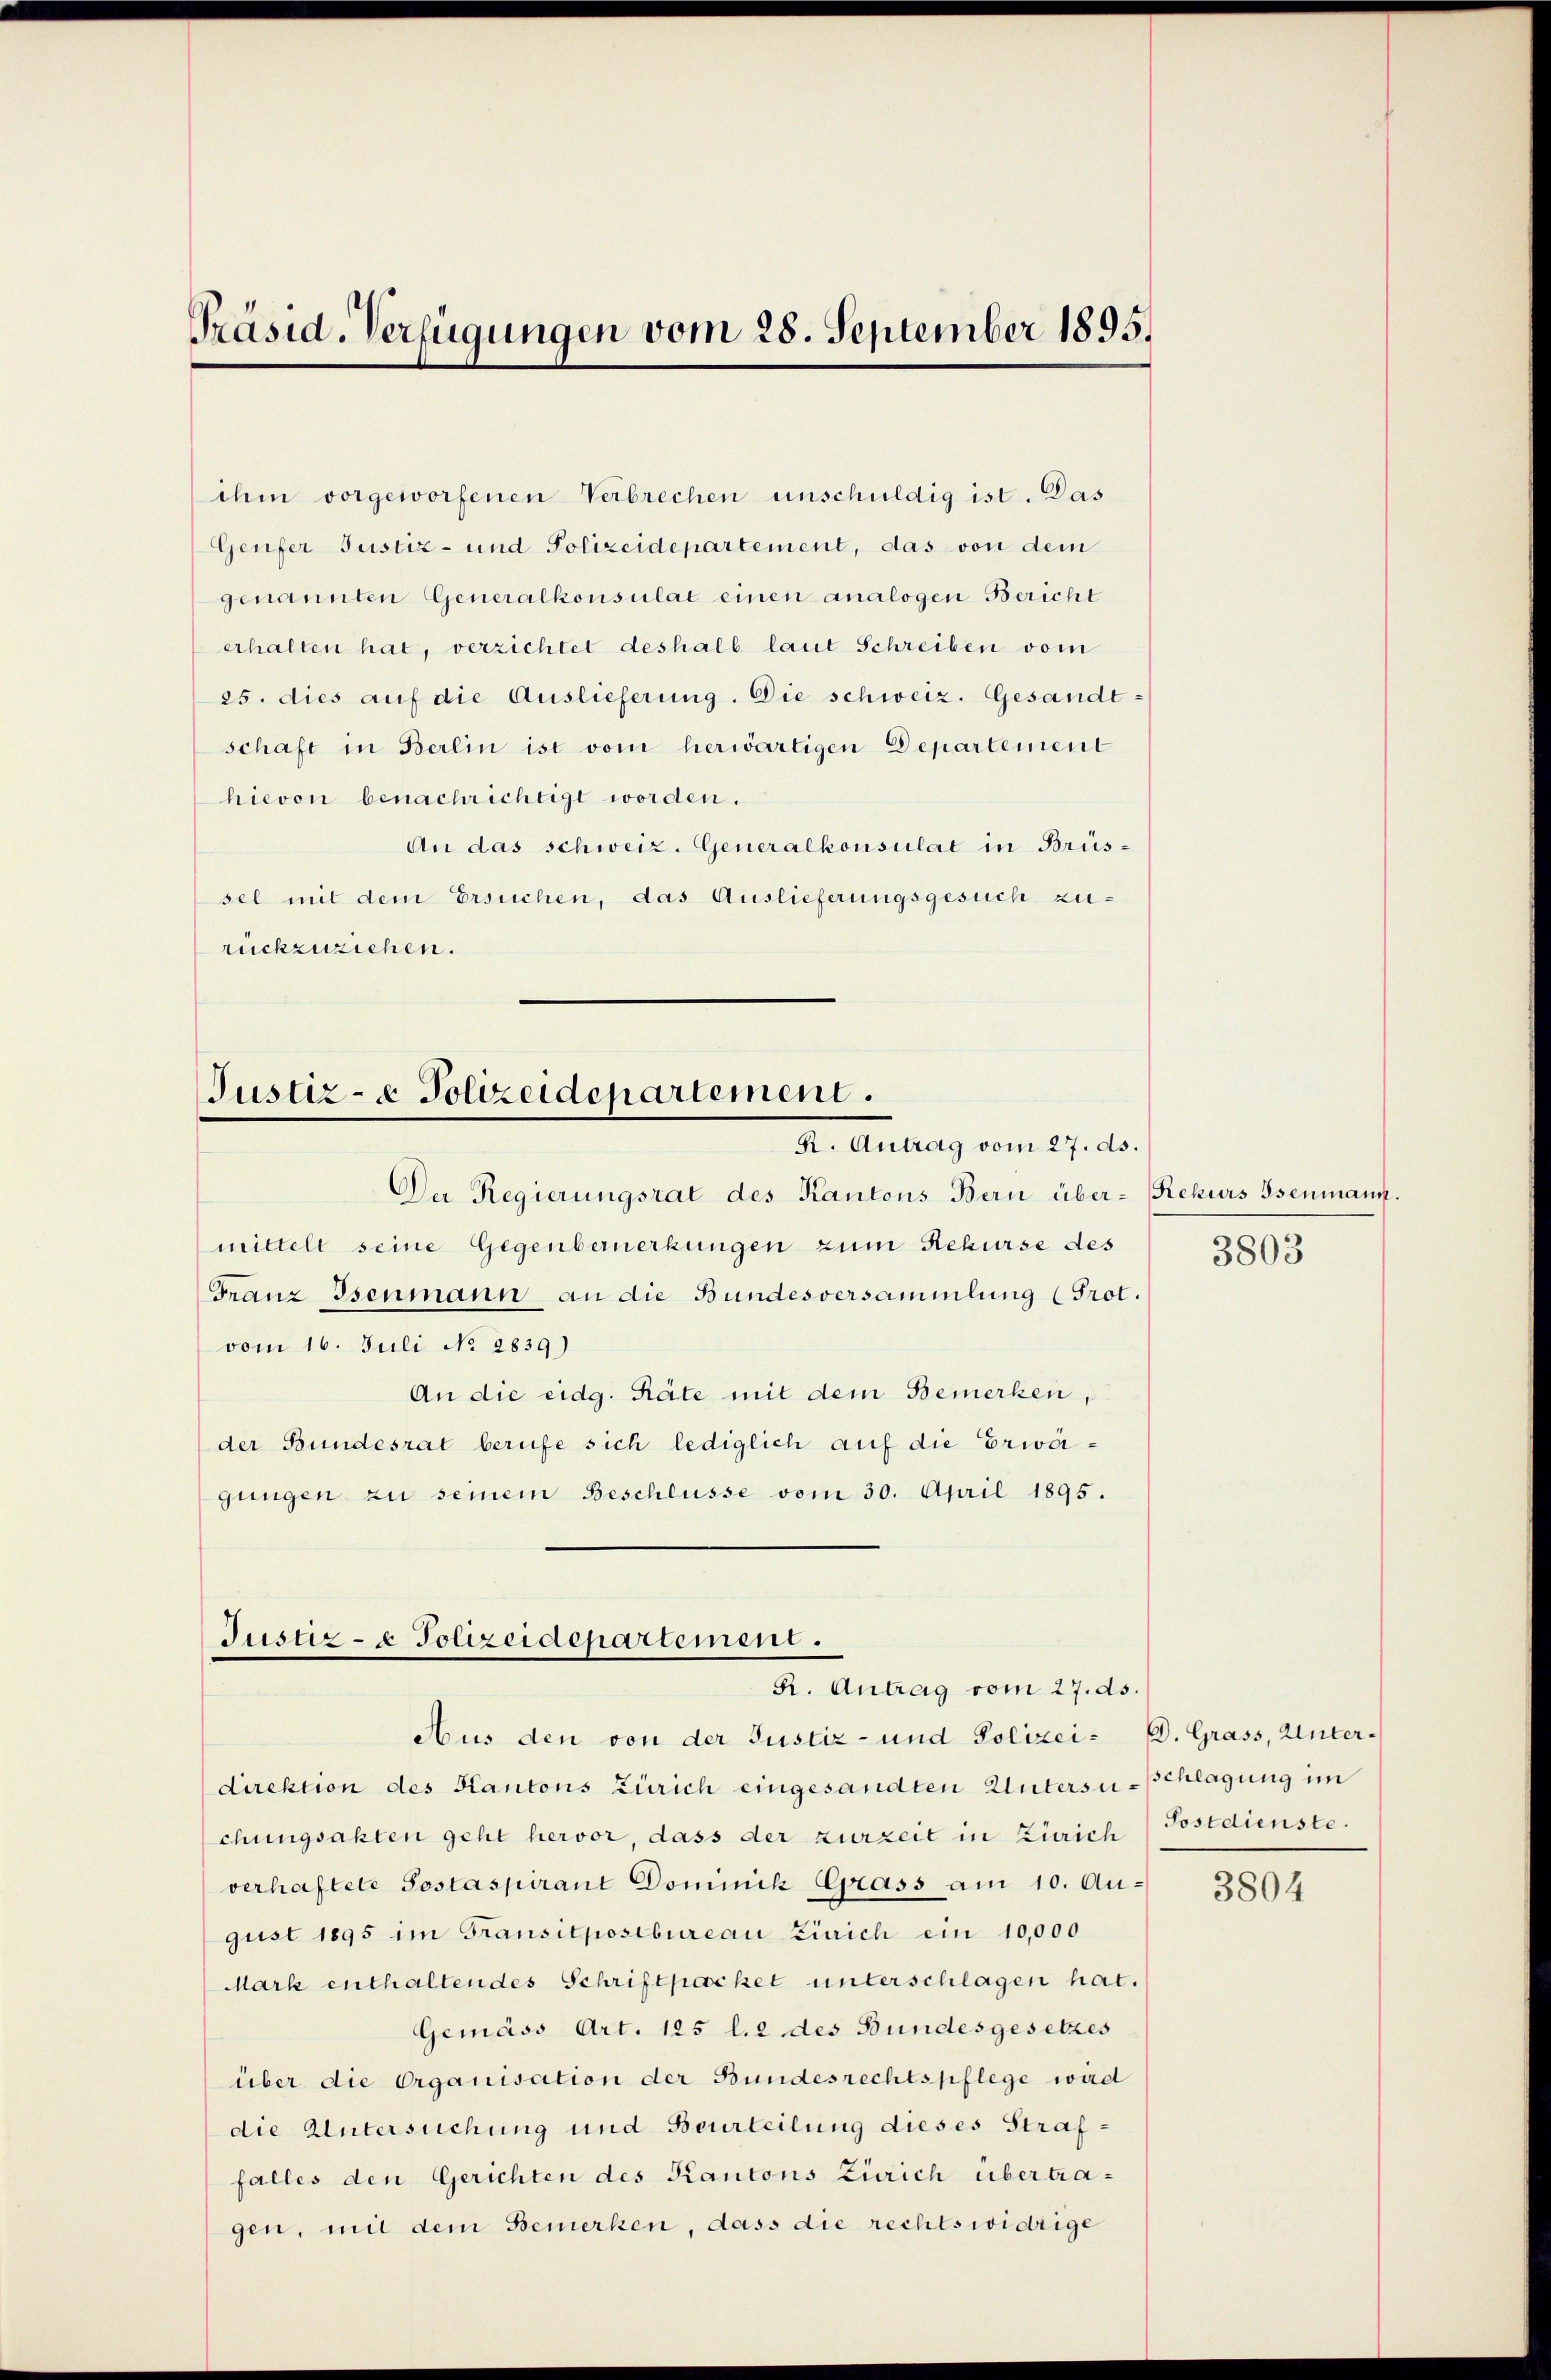
Präsid. Verfügungen vom 28. September 1895.

ihm vorgeworfenen Verbrechen unschuldig ist. Das
Genfer Justiz- und Polizeidepartement, das von dem
genannten Generalkonsulat einen analogen Bericht
erhalten hat, verzichtet deshalb laut Schreiben vom
25. dies auf die Auslieferung. Die schweiz. Gesandtschaft in Berlin ist vom herwärtigen Departement
hievon benachrichtigt worden.
An das schweiz. Generalkonsulat in Brüs-
sel mit dem Ersuchen, das Auslieferungsgesuch zu-
rückzuziehen.

Justiz- & Polizeidepartement.
R. Antrag vom 27. ds.

Justiz- & Polizeidepartement.
R. Antrag vom 27. ds.

Da Regierungsrat des Kantons Bern über- Rekurs Psenmann.
mittelt seine Gegenbemerkungen zum Rekurse des
Franz Isenmann an die Bundesversammlung (Prot.
vom 16. Juli No 2839)
An die eidg. Räte mit dem Bemerken,
der Bundesrat berufe sich lediglich auf die Erwägungen zu seinem Beschlüsse vom 30. April 1895.

Aus den von der Justiz- und Polizei- E. Grass, Unter¬

3803

direktion des Kantons Zürich eingesandten Untersu-Schlagung im
chungsakten geht hervor, dass der zurzeit in Zürich Postdienste.
verhaftete Sostaspirant Dominik Grass am 10. August 1895 im Fransitpostbureau Zürich ein 10,000
Mark enthaltendes Schriftpacket unterschlagen hat.
Gemäss Art. 125 l. 2 des Bundesgesetzes
über die Organisation der Bundesrechtspflege wird
die Untersuchung und Beurteilung dieses Straffalles den Gerichten des Kantons Zürich übertragen, mit dem Bemerken, dass die rechtswidrige

3804